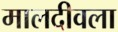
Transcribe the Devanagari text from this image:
मालदीवला